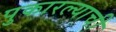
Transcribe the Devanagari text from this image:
पुकारल्याची